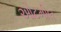
ઓટમીલ